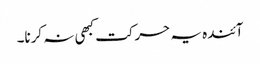
آئندہ یہ حرکت کبھی نہ کرنا۔